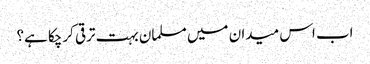
اب اس میدان میں مسلمان بہت ترقی کرچکا ہے؟